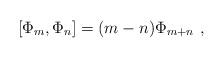
LaTeX: \begin{align*}[\Phi_{m}, \Phi_{n}] = (m - n) \Phi_{m + n}~,\end{align*}